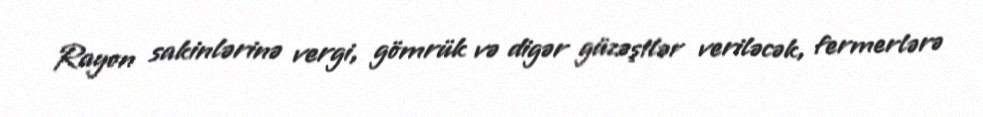
Rayon sakinlərinə vergi, gömrük və digər güzəştlər veriləcək, fermerlərə